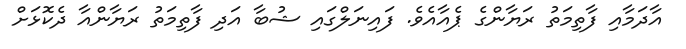
އާދަމާއި ފާތިމަތު ރަޔާންގެ ޕެއާއެވެ. ފައިނަލްގައި ޝުބާ އަދި ފާތިމަތު ރަޔާންއާ ދެކޮޅަށް